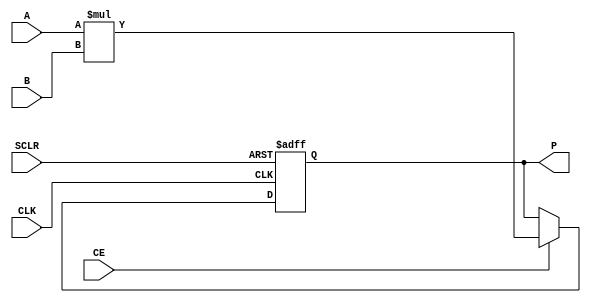
module MULTIPLIER (
	SCLR, CE, CLK, A, B, P
	);
	input SCLR;
	input CE;
	input CLK;
	input [31 : 0] A;
	input [31 : 0] B;
	output reg [63 : 0] P;

	always @(posedge CLK or posedge SCLR) begin
		if (SCLR)
		P <= 64'b0;
		else if (CE)
		P <= A * B;
	end

endmodule